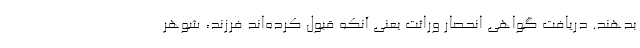
بدهند. دریافت گواهی انحصار وراثت یعنی آنکه قبول کرده‌اند فرزند، شوهر